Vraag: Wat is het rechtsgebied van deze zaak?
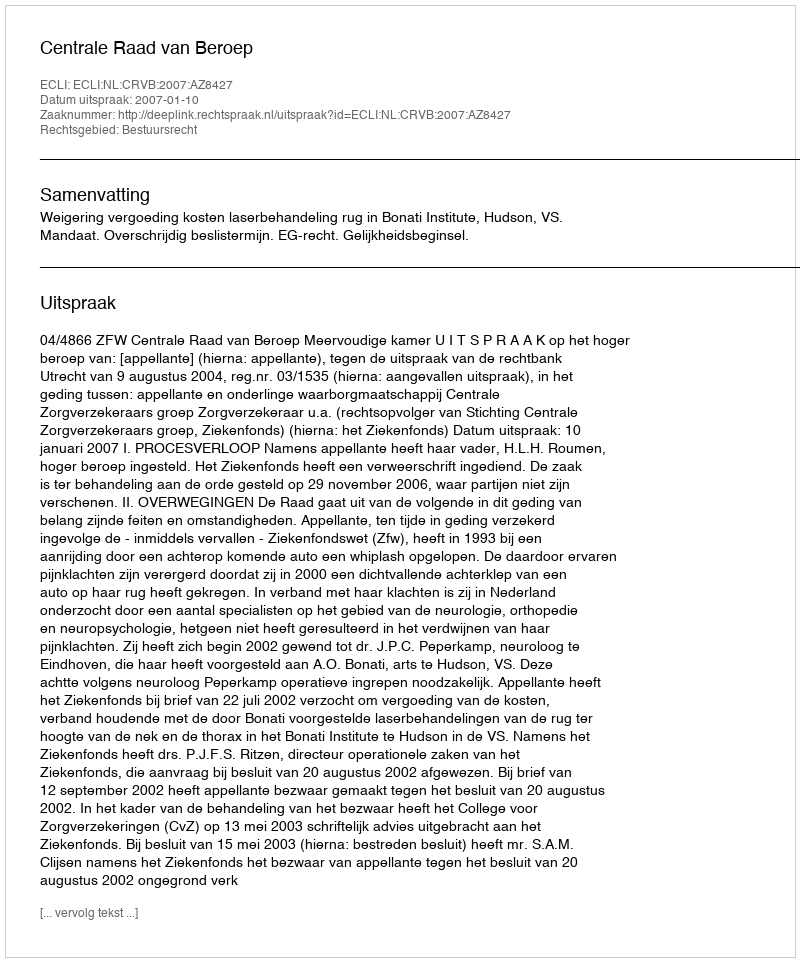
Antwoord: Bestuursrecht